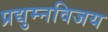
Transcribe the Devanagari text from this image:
प्रद्युम्नविजय